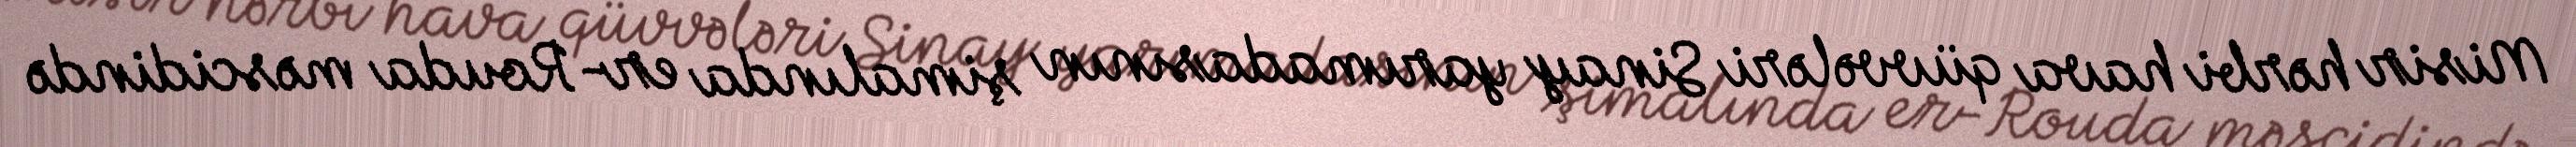
Misir hərbi hava qüvvələri Sinay yarımadasının şimalında er-Rouda məscidində